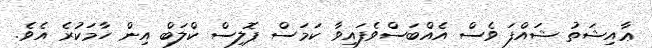
ޢާއިޝަތު ޝައްފަ ވެސް އެއްބަސްވެފައިވާ ކަމަސް ޕޮލިސް ކްލަބް އިން ހާމަކުރެ އެވެ.